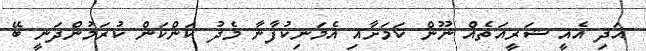
އަދި އެއީ ޝަރީއަތެއް ނޫން ކަމަށާއި އެމަނިކުފާނާ މެދު ކަންކަން ކުރަމުންދަނީ ބޭ